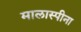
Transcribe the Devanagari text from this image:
मालास्पीना